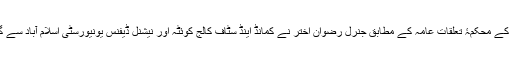
پاکستانی فوج کے محکمۂ تعلقاتِ عامہ کے مطابق جنرل رضوان اختر نے کمانڈ اینڈ سٹاف کالج کوئٹہ اور نیشنل ڈیفنس یونیورسٹی اسلام آباد سے گریجویٹ ہیں۔